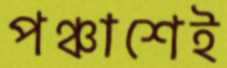
পঞ্চাশেই